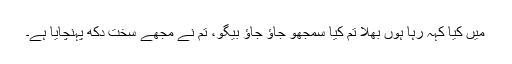
میں کیا کہہ رہا ہوں بھلا تم کیا سمجھو جاؤ جاؤ بیگو، تم نے مجھے سخت دُکھ پہنچایا ہے۔